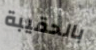
بالحقيبة